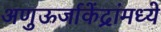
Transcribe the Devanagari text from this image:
अणुऊर्जाकेंद्रांमध्ये